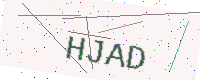
Text: HJAD